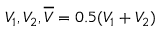
V _ { 1 } , V _ { 2 } , \overline { { V } } = 0 . 5 ( V _ { 1 } + V _ { 2 } )